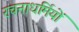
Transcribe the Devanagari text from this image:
रचनाधर्मियों